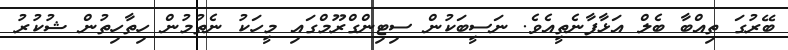
ބޭރުގަ ތިއްބާ ބެލް އަޅާފާނެތީއެވެ. ނަސީބަކުން ސިޓިންގްރޫމްގައި މީހަކު ނެތުމުން ހިތާހިތުން ޝުކުރު